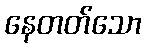
နေတတ်သော